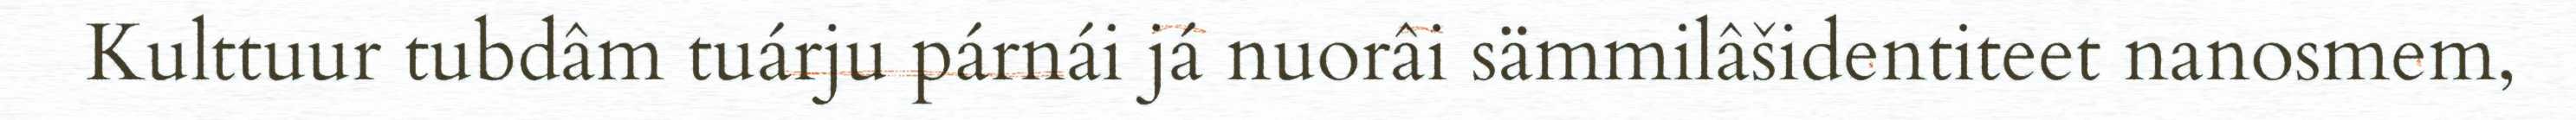
Kulttuur tubdâm tuárju párnái já nuorâi sämmilâšidentiteet nanosmem,